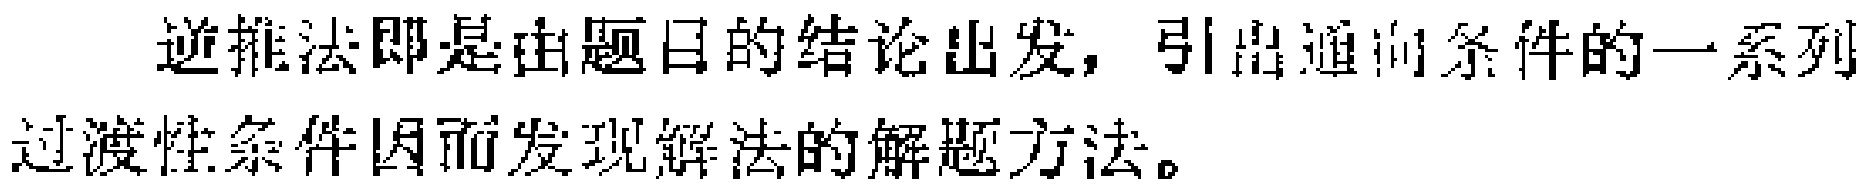
逆推法即是由题目的结论出发，引出通向条件的一系列过渡性条件因而发现解法的解题方法。